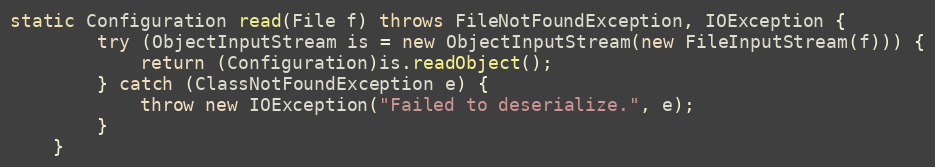
Language: Java
static Configuration read(File f) throws FileNotFoundException, IOException {
		try (ObjectInputStream is = new ObjectInputStream(new FileInputStream(f))) {
			return (Configuration)is.readObject();
		} catch (ClassNotFoundException e) {
			throw new IOException("Failed to deserialize.", e);
		}
	}